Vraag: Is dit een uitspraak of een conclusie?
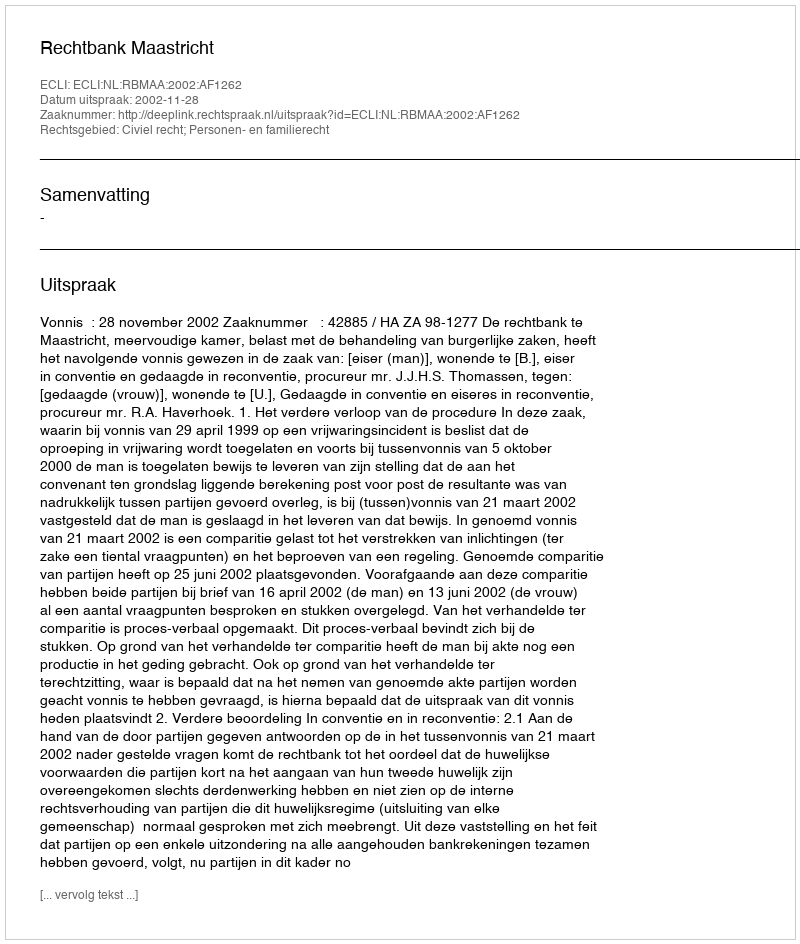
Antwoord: Uitspraak